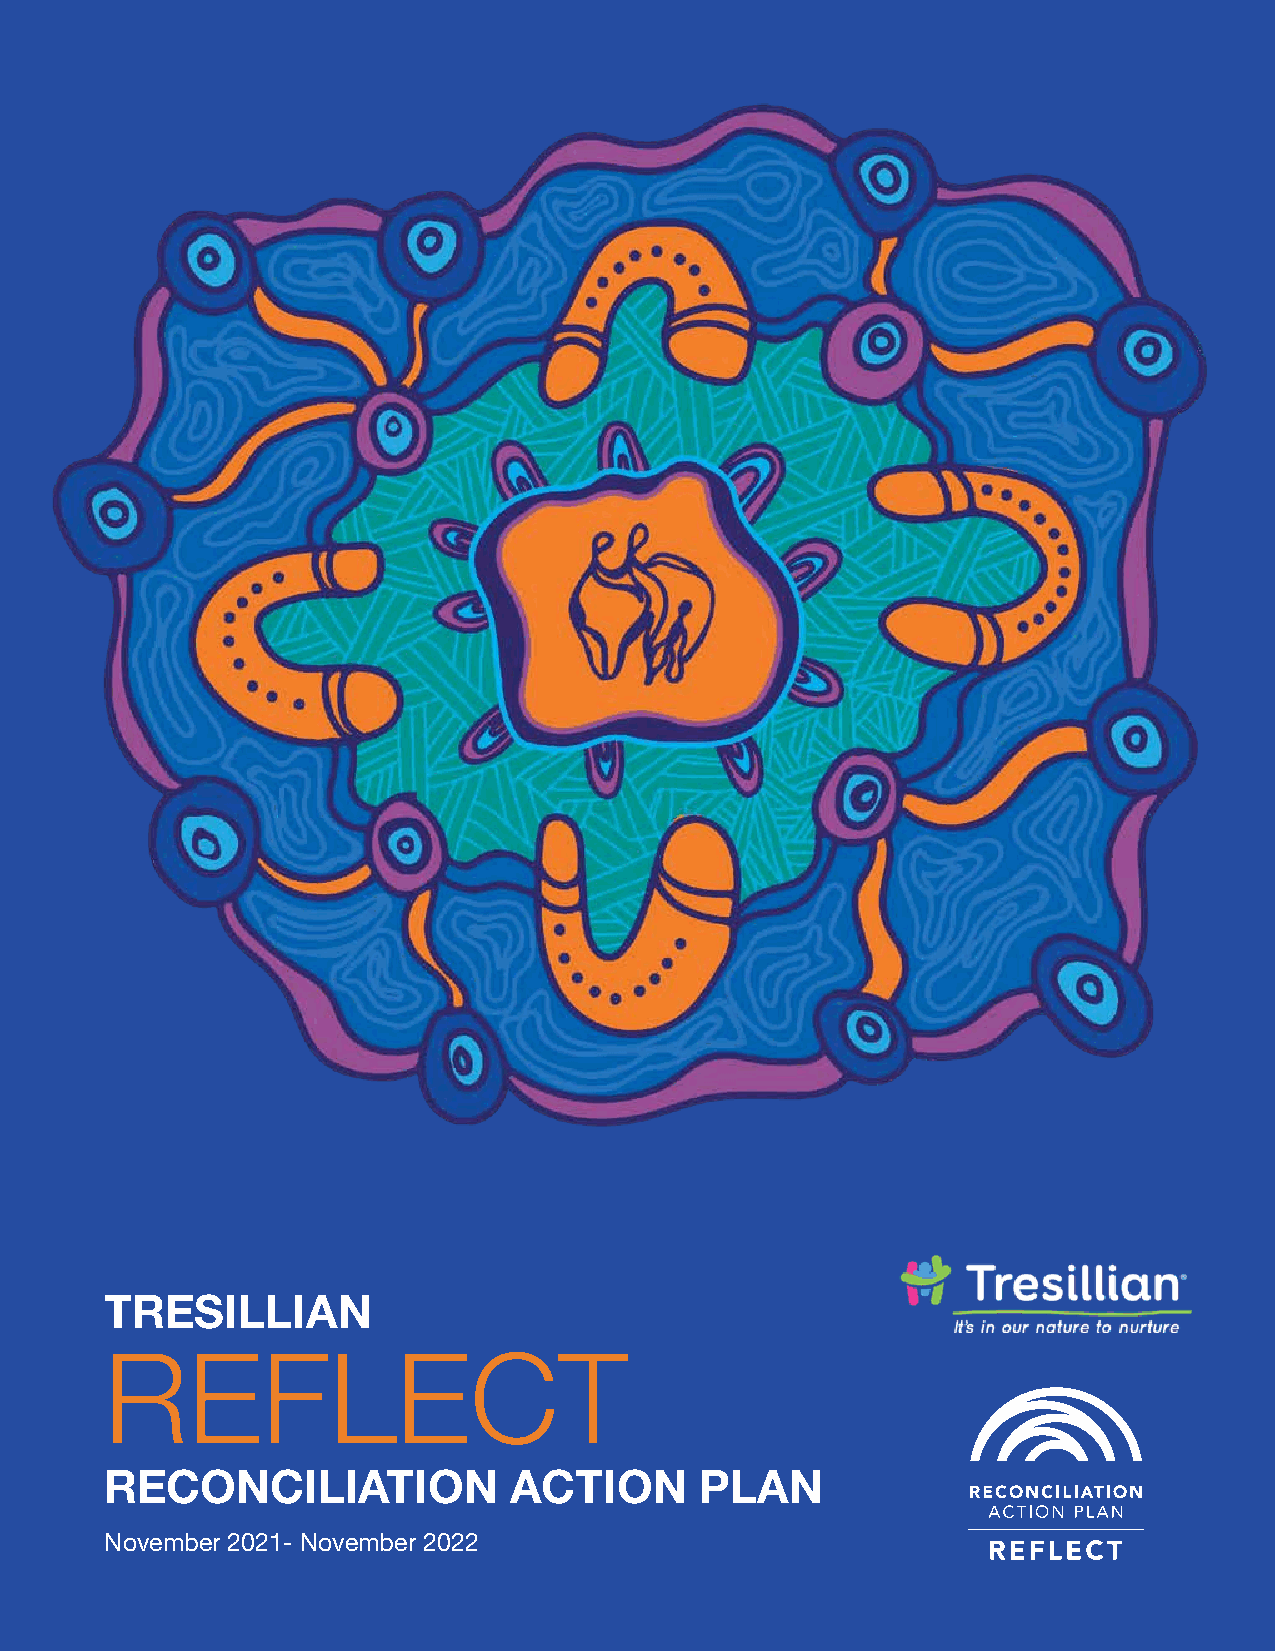
TRESILLIAN
 REFLECT
 RECONCILIATION             ACTION      PLAN
 November 2021- November 2022